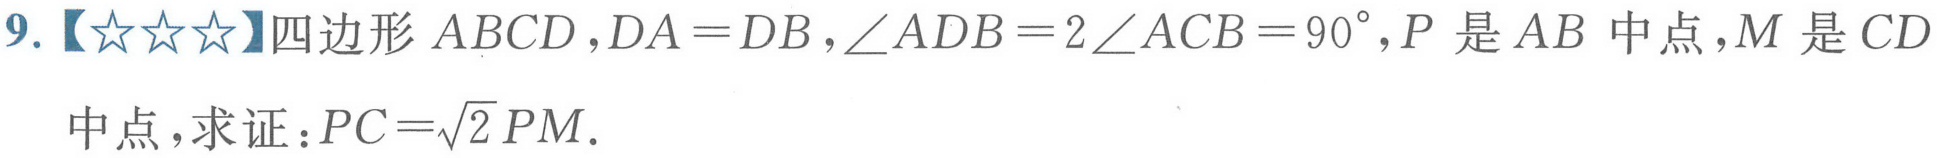
9.【★★★】四边形\(ABCD\)，\(DA = DB\)，\(\angle ADB = 2\angle ACB = 90^{\circ}\)，\(P\)是\(AB\)中点，\(M\)是\(CD\)中点，求证：\(PC=\sqrt{2}PM\).